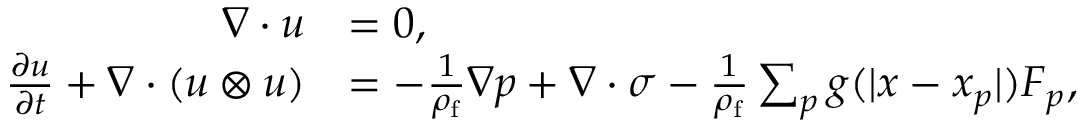
\begin{array} { r l } { \nabla \cdot \boldsymbol { u } } & { = 0 , } \\ { \frac { \partial \boldsymbol { u } } { \partial t } + \nabla \cdot ( \boldsymbol { u } \otimes \boldsymbol { u } ) } & { = - \frac { 1 } { \rho _ { \mathrm { f } } } \nabla p + \nabla \cdot \boldsymbol { \sigma } - \frac { 1 } { \rho _ { \mathrm { f } } } \sum _ { p } g ( | \boldsymbol { x } - \boldsymbol { x } _ { p } | ) \boldsymbol { F } _ { p } , } \end{array}